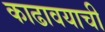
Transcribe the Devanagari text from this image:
काढावयाची